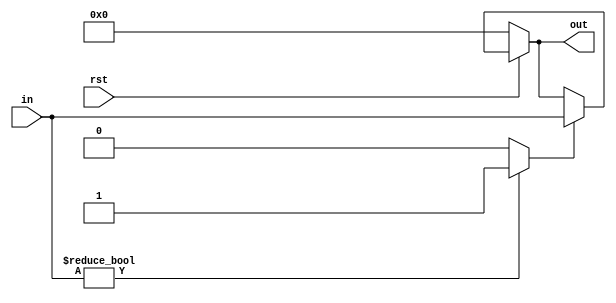
module index(out,in,rst);
input       [7:0]in;
input           rst;
output     [7:0]out;
reg         [7:0]out;
reg         [7:0]tmp;

wire v;

assign v =(in!=0)?1'b1:0;
always@(in or rst)
begin
if(rst==0)
begin
tmp<=0;
out<=0;
end
else
begin
if(v==1)
begin
out<=in;
tmp<=out;
end
else
begin
out<=tmp;
tmp<=out;
end
end
end
endmodule